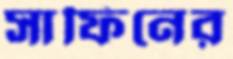
সাফিনের